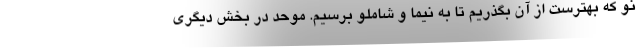
نو که بهترست از آن بگذریم تا به نیما و شاملو برسیم. موحد در بخش دیگری